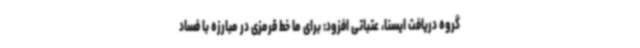
گروه دریافت ایسنا، عتباتی افزود: برای ما خط قرمزی در مبارزه با فساد